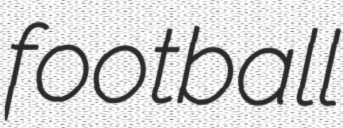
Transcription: football